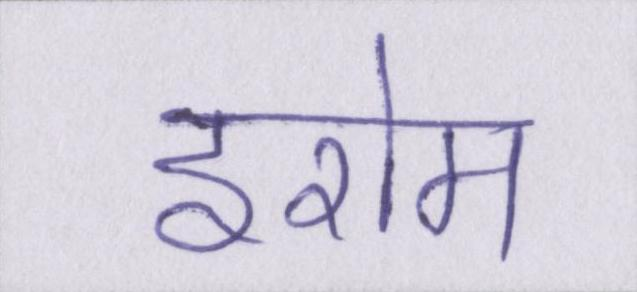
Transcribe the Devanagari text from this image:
इरोम